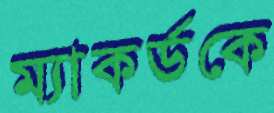
ম্যাকর্ডকে